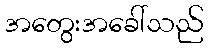
အတွေးအခေါ်သည်